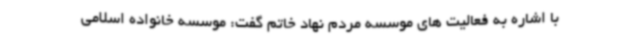
با اشاره به فعالیت های موسسه مردم نهاد خاتم گفت: موسسه خانواده اسلامی